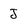
Character: J